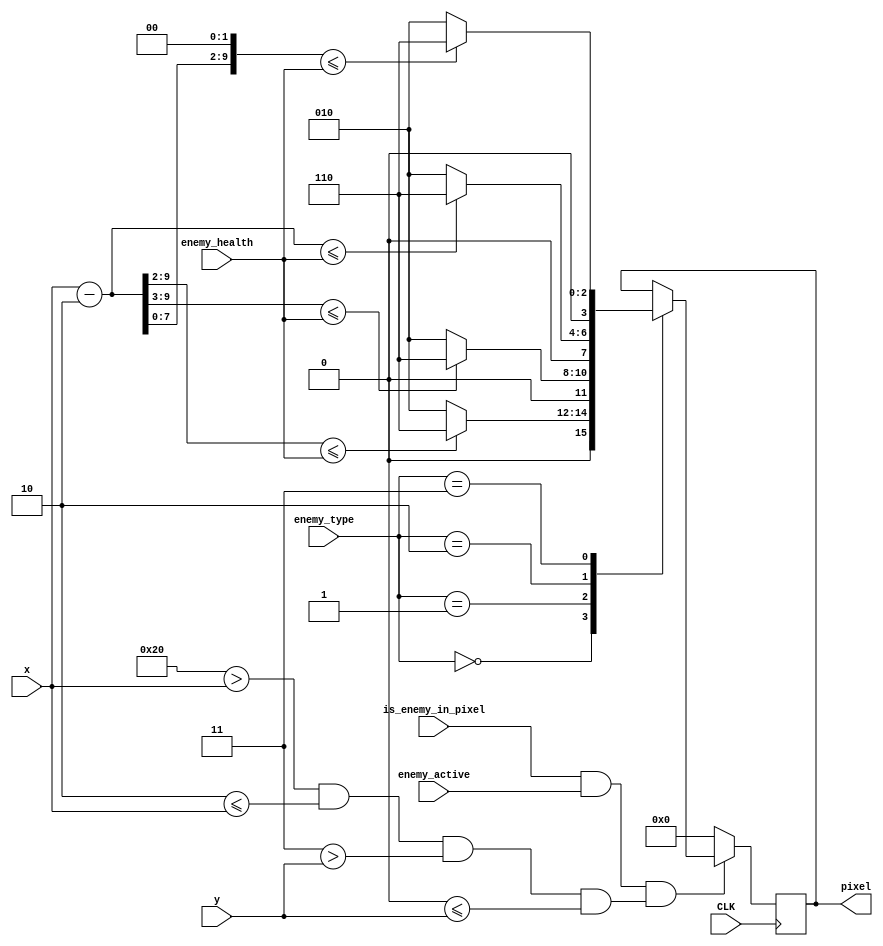
module Health_bar(
	input wire [9:0] x,
	input wire [9:0] y,
	input wire CLK,
	input wire is_enemy_in_pixel,
	input wire [3:0] enemy_type,
	input wire [7:0] enemy_health,
	input wire enemy_active,
	output reg [3:0] pixel
	);	

localparam health_bar_width = 32;
localparam health_bar_height = 3;
localparam d = 2;
	
wire is_bar_in_pixel = is_enemy_in_pixel & enemy_active & (health_bar_width > x  & d <= x & health_bar_height > y  & 10'd0 <= y);

	
always @(posedge CLK) begin
	if(is_bar_in_pixel)begin
		case(enemy_type)
		4'd0: begin
			if((x - 10'd2) >> 2 <= enemy_health) pixel = 4'd6;
			else pixel = 4'd2;
		end
		4'd1: begin
			if((x - 10'd2) >> 3 <= enemy_health) pixel = 4'd6;
			else pixel = 4'd2;
		end
		4'd2: begin
			if((x-10'd2) <= enemy_health) pixel = 4'd6;
			else pixel = 4'd2;
		end
		4'd3: begin
			if((x - 10'd2) << 2 <= enemy_health) pixel = 4'd6;
			else pixel = 4'd2;
		end
		endcase
	end
	else pixel = 4'd0;
end	

endmodule